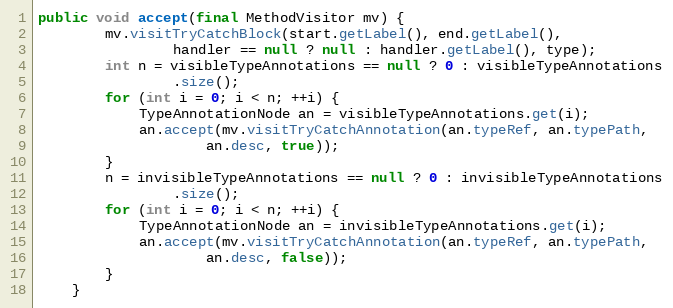
Language: Java
public void accept(final MethodVisitor mv) {
        mv.visitTryCatchBlock(start.getLabel(), end.getLabel(),
                handler == null ? null : handler.getLabel(), type);
        int n = visibleTypeAnnotations == null ? 0 : visibleTypeAnnotations
                .size();
        for (int i = 0; i < n; ++i) {
            TypeAnnotationNode an = visibleTypeAnnotations.get(i);
            an.accept(mv.visitTryCatchAnnotation(an.typeRef, an.typePath,
                    an.desc, true));
        }
        n = invisibleTypeAnnotations == null ? 0 : invisibleTypeAnnotations
                .size();
        for (int i = 0; i < n; ++i) {
            TypeAnnotationNode an = invisibleTypeAnnotations.get(i);
            an.accept(mv.visitTryCatchAnnotation(an.typeRef, an.typePath,
                    an.desc, false));
        }
    }